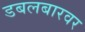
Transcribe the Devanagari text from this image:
डबलबारवर